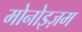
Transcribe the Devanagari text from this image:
मोनोइज़म